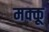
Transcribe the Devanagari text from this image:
मक्‍कू